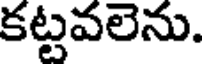
కట్టవలెను.